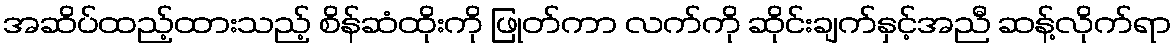
အဆိပ်ထည့်ထားသည့် စိန်ဆံထိုးကို ဖြုတ်ကာ လက်ကို ဆိုင်းချက်နှင့်အညီ ဆန့်လိုက်ရာ